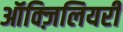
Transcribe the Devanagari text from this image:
ऑक्ज़िलियरी